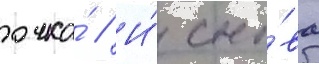
очка́ // И́ сно́ва